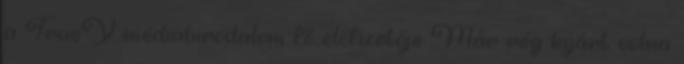
a TrueY médiabirodalom fő előfizetője Már rég kijárt volna